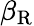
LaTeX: \beta_{\mathrm{R}}